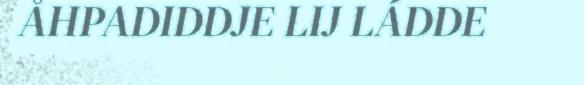
ÅHPADIDDJE LIJ LÁDDE